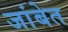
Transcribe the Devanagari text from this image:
जांबेत